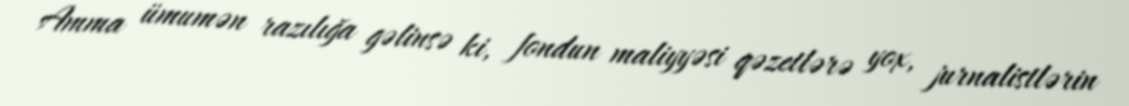
Amma ümumən razılığa gəlinsə ki, fondun maliyyəsi qəzetlərə yox, jurnalistlərin